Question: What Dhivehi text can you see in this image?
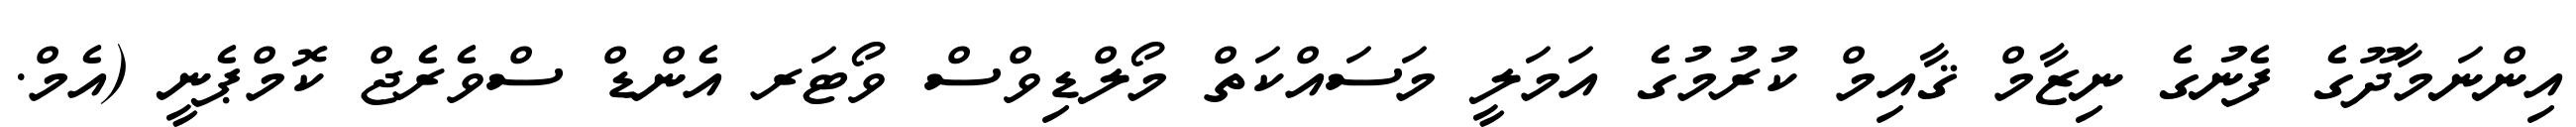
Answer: އިންނަމާދޫގެ ފެނުގެ ނިޒާމް ޤާއިމް ކުރުމުގެ އަމަލީ މަސައްކަތް މޯލްޑިވްސް ވޯޓަރ އެންޑް ސްވެރެޖް ކޮމްޕެނީ (އެމް.